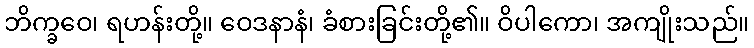
ဘိက္ခဝေ၊ ရဟန်းတို့။ ဝေဒနာနံ၊ ခံစားခြင်းတို့၏။ ဝိပါကော၊ အကျိုးသည်။